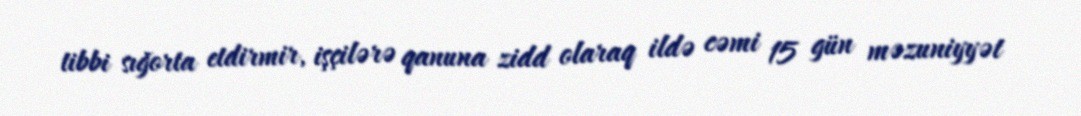
tibbi sığorta etdirmir, işçilərə qanuna zidd olaraq ildə cəmi 15 gün məzuniyyət